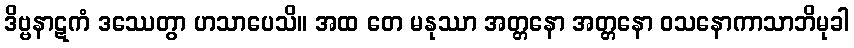
ဒိဗ္ဗနာဋကံ ဒဿေတွာ ဟသာပေသိ။ အထ တေ မနုဿာ အတ္တနော အတ္တနော ဝသနောကာသာဘိမုခါ